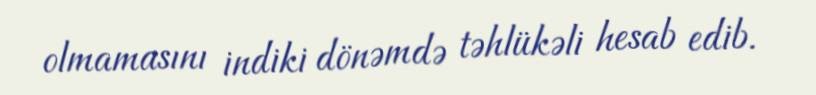
olmamasını indiki dönəmdə təhlükəli hesab edib.